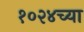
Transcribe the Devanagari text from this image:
१०२४च्या